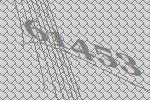
61453